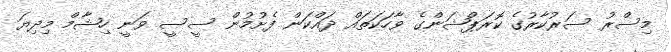
މިސްރު ސަރުކާރުގެ ކޮރަޕްޝަންގެ ވާހަކަތައް ދައްކަން ފެށުމުން ސީސީ ވަނީ ހިޝާމް މިދިޔަ